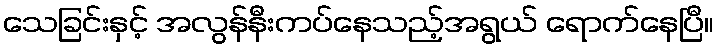
သေခြင်းနှင့် အလွန်နီးကပ်နေသည့်အရွယ် ရောက်နေပြီ။